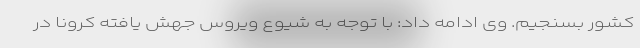
کشور بسنجیم. وی ادامه داد: با توجه به شیوع ویروس جهش یافته کرونا در